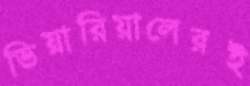
ভিয়ারিয়ালেরই